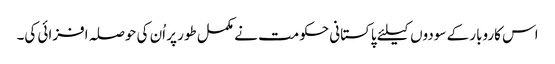
اس کاروبار کے سودوں کیلئے پاکستانی حکومت نے مکمل طور پر اُن کی حوصلہ افزائی کی۔